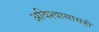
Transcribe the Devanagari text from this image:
अविश्वासासही